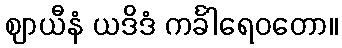
ဈာယီနံ ယဒိဒံ ကင်္ခါရေဝတော။